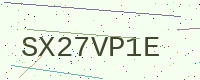
Text: SX27VP1E